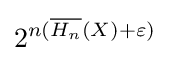
2^{n({\overline {H_{n}}}(X)+\varepsilon )}